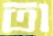
তা